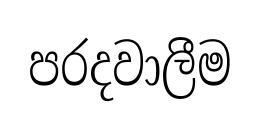
පරදවාලීම